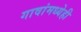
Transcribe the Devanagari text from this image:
गावांमध्येही